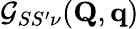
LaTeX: \mathcal{G}_{SS^{\prime}\nu}(\mathbf{Q},\mathbf{q})